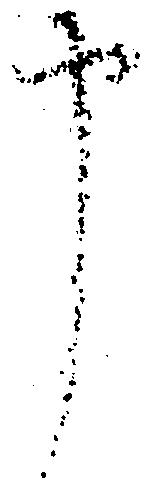
申